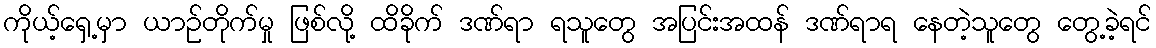
ကိုယ့်ရှေ့မှာ ယာဉ်တိုက်မှု ဖြစ်လို့ ထိခိုက် ဒဏ်ရာ ရသူတွေ အပြင်းအထန် ဒဏ်ရာရ နေတဲ့သူတွေ တွေ့ခဲ့ရင်